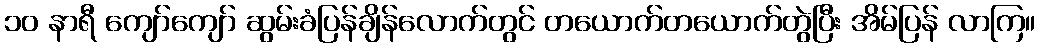
၁၀ နာရီ ကျော်ကျော် ဆွမ်းခံပြန်ချိန်လောက်တွင် တယောက်တယောက်တွဲပြီး အိမ်ပြန် လာကြ။